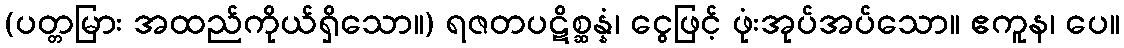
(ပတ္တမြား အထည်ကိုယ်ရှိသော။) ရဇတပဋိစ္ဆန္နံ၊ ငွေဖြင့် ဖုံးအုပ်အပ်သော။ ဧကူန၊ ပေ။